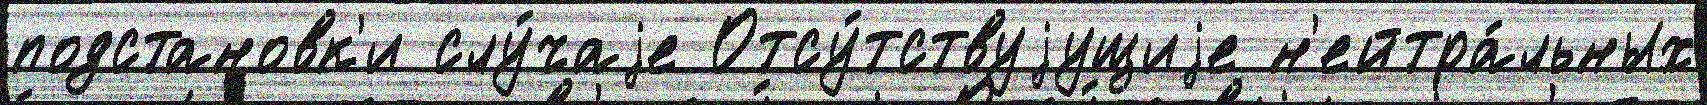
подстановк'и слу́чаjе Отсу́тствуjущиjе н'ейтра́льных